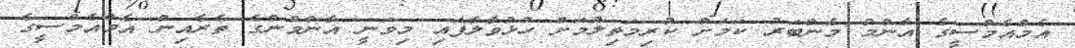
އެމްއެމްސީގެ އާންމު މެންބަރު ކަމަށް ކުރިމަތިލުމަށް ހުޅުވާލާފައި މިވަނީ އާންމުންގެ ތެރެއިން އެމްއެމްސީގެ